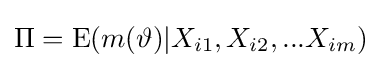
\Pi =\operatorname {E} (m(\vartheta )|X_{i1},X_{i2},...X_{im})